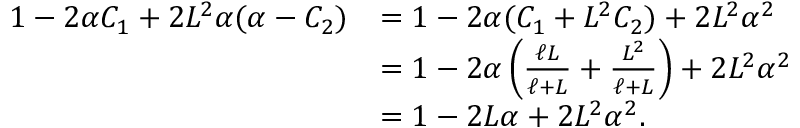
\begin{array} { r l } { 1 - 2 \alpha C _ { 1 } + 2 L ^ { 2 } \alpha ( \alpha - C _ { 2 } ) } & { = 1 - 2 \alpha ( C _ { 1 } + L ^ { 2 } C _ { 2 } ) + 2 L ^ { 2 } \alpha ^ { 2 } } \\ & { = 1 - 2 \alpha \left( \frac { \ell L } { \ell + L } + \frac { L ^ { 2 } } { \ell + L } \right) + 2 L ^ { 2 } \alpha ^ { 2 } } \\ & { = 1 - 2 L \alpha + 2 L ^ { 2 } \alpha ^ { 2 } . } \end{array}